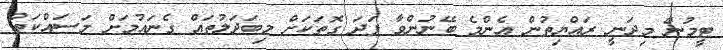
ޓީމުން މިދަނީ ރައްޔިތުން އެންމެ ބޭނުންވާ ފަދަ ގޮތަކަށް މިބަދަލުތައް ގެނައުމަށް މަސައްކަތް